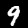
Digit: 9